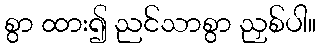
စွာ ထား၍ ညင်သာစွာ ညှစ်ပါ။